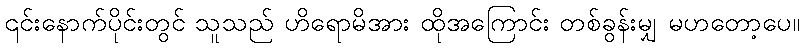
၎င်းနောက်ပိုင်းတွင် သူသည် ဟိရောမိအား ထိုအကြောင်း တစ်ခွန်းမျှ မဟတော့ပေ။